Indian journal of veterinary science and animal husbandry - Volumes 22-23, 1952-1953
Year: 1952
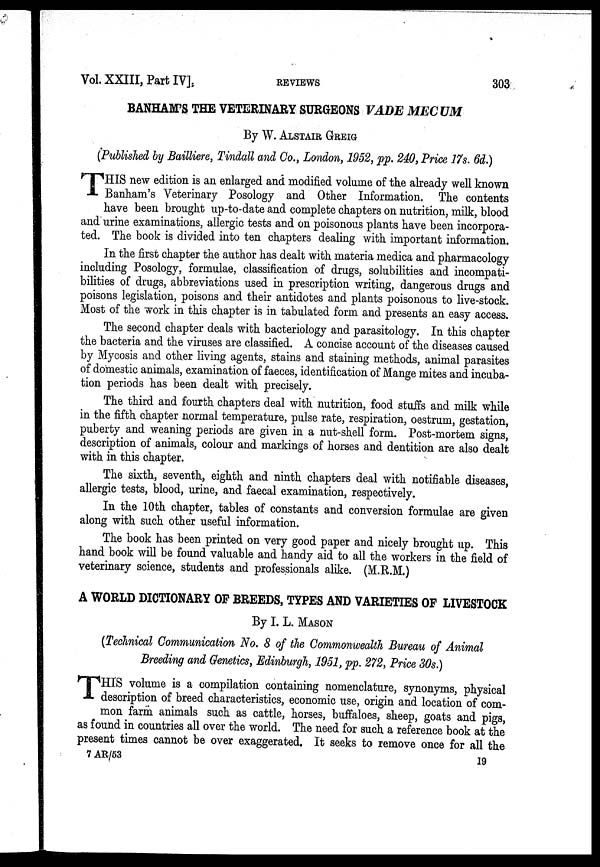
Vol. XXIII, Part IV]
REVIEWS
303
BANHAM'S THE VETERINARY SURGEONS VADE MECUM
By W. ALSTAIR GREIG
(Published by Bailliere, Tindall and Co., London, 1952, pp. 240, Price 17s. 6d.)
T HIS new edition is an enlarged and modified volume of the already well known
Banham's Veterinary Posology and Other Information. The contents
have been brought up-to-date and complete chapters on nutrition, milk, blood
and urine examinations, allergic tests and on poisonous plants have been incorpora-
ted. The book is divided into ten chapters dealing with important information.
In the first chapter the author has dealt with materia medica and pharmacology
including Posology, formulae, classification of drugs, solubilities and incompati-
bilities of drugs, abbreviations used in prescription writing, dangerous drugs and
poisons legislation, poisons and their antidotes and plants poisonous to live-stock.
Most of the work in this chapter is in tabulated form and presents an easy access.
The second chapter deals with bacteriology and parasitology. In this chapter
the bacteria and the viruses are classified. A concise account of the diseases caused
by Mycosis and other living agents, stains and staining methods, animal parasites
of domestic animals, examination of faeces, identification of Mange mites and incuba-
tion periods has been dealt with precisely.
The third and fourth chapters deal with nutrition, food stuffs and milk while
in the fifth chapter normal temperature, pulse rate, respiration, oestrum, gestation,
puberty and weaning periods are given in a nut-shell form. Post-mortem signs,
description of animals, colour and markings of horses and dentition are also dealt
with in this chapter.
The sixth, seventh, eighth and ninth chapters deal with notifiable diseases,
allergic tests, blood, urine, and faecal examination, respectively.
In the 10th chapter, tables of constants and conversion formulae are given
along with such other useful information.
The book has been printed on very good paper and nicely brought up. This
hand book will be found valuable and handy aid to all the workers in the field of
veterinary science, students and professionals alike. (M.R.M.)
A WORLD DICTIONARY OF BREEDS, TYPES AND VARIETIES OF LIVESTOCK
By I. L. MASON
(Technical Communication No. 8 of the Commonwealth Bureau of Animal
Breeding and Genetics, Edinburgh, 1951, pp. 272, Price 30s.)
T HIS volume is a compilation containing nomenclature, synonyms, physical
description of breed characteristics, economic use, origin and location of com-
mon farm animals such as cattle, horses, buffaloes, sheep, goats and pigs,
as found in countries all over the world. The need for such a reference book at the
present times cannot be over exaggerated. It seeks to remove once for all the
7 AR/53
19